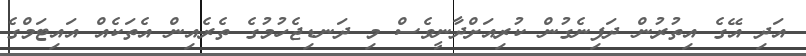
އަދި އޭގެ އިތުރުން ދަފިނެގުން ކުރިއަށްދާނީވެސް މި ދަނޑިޖެހުމުގެ ތެރެއިން އެތަކެއް އައިޓަމްގެ